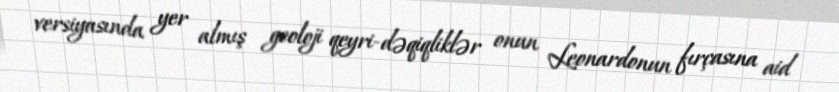
versiyasında yer almış geoloji qeyri-dəqiqliklər onun Leonardonun fırçasına aid